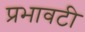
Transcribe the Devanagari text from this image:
प्रभावटी